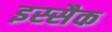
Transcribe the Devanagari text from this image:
इस्सैक